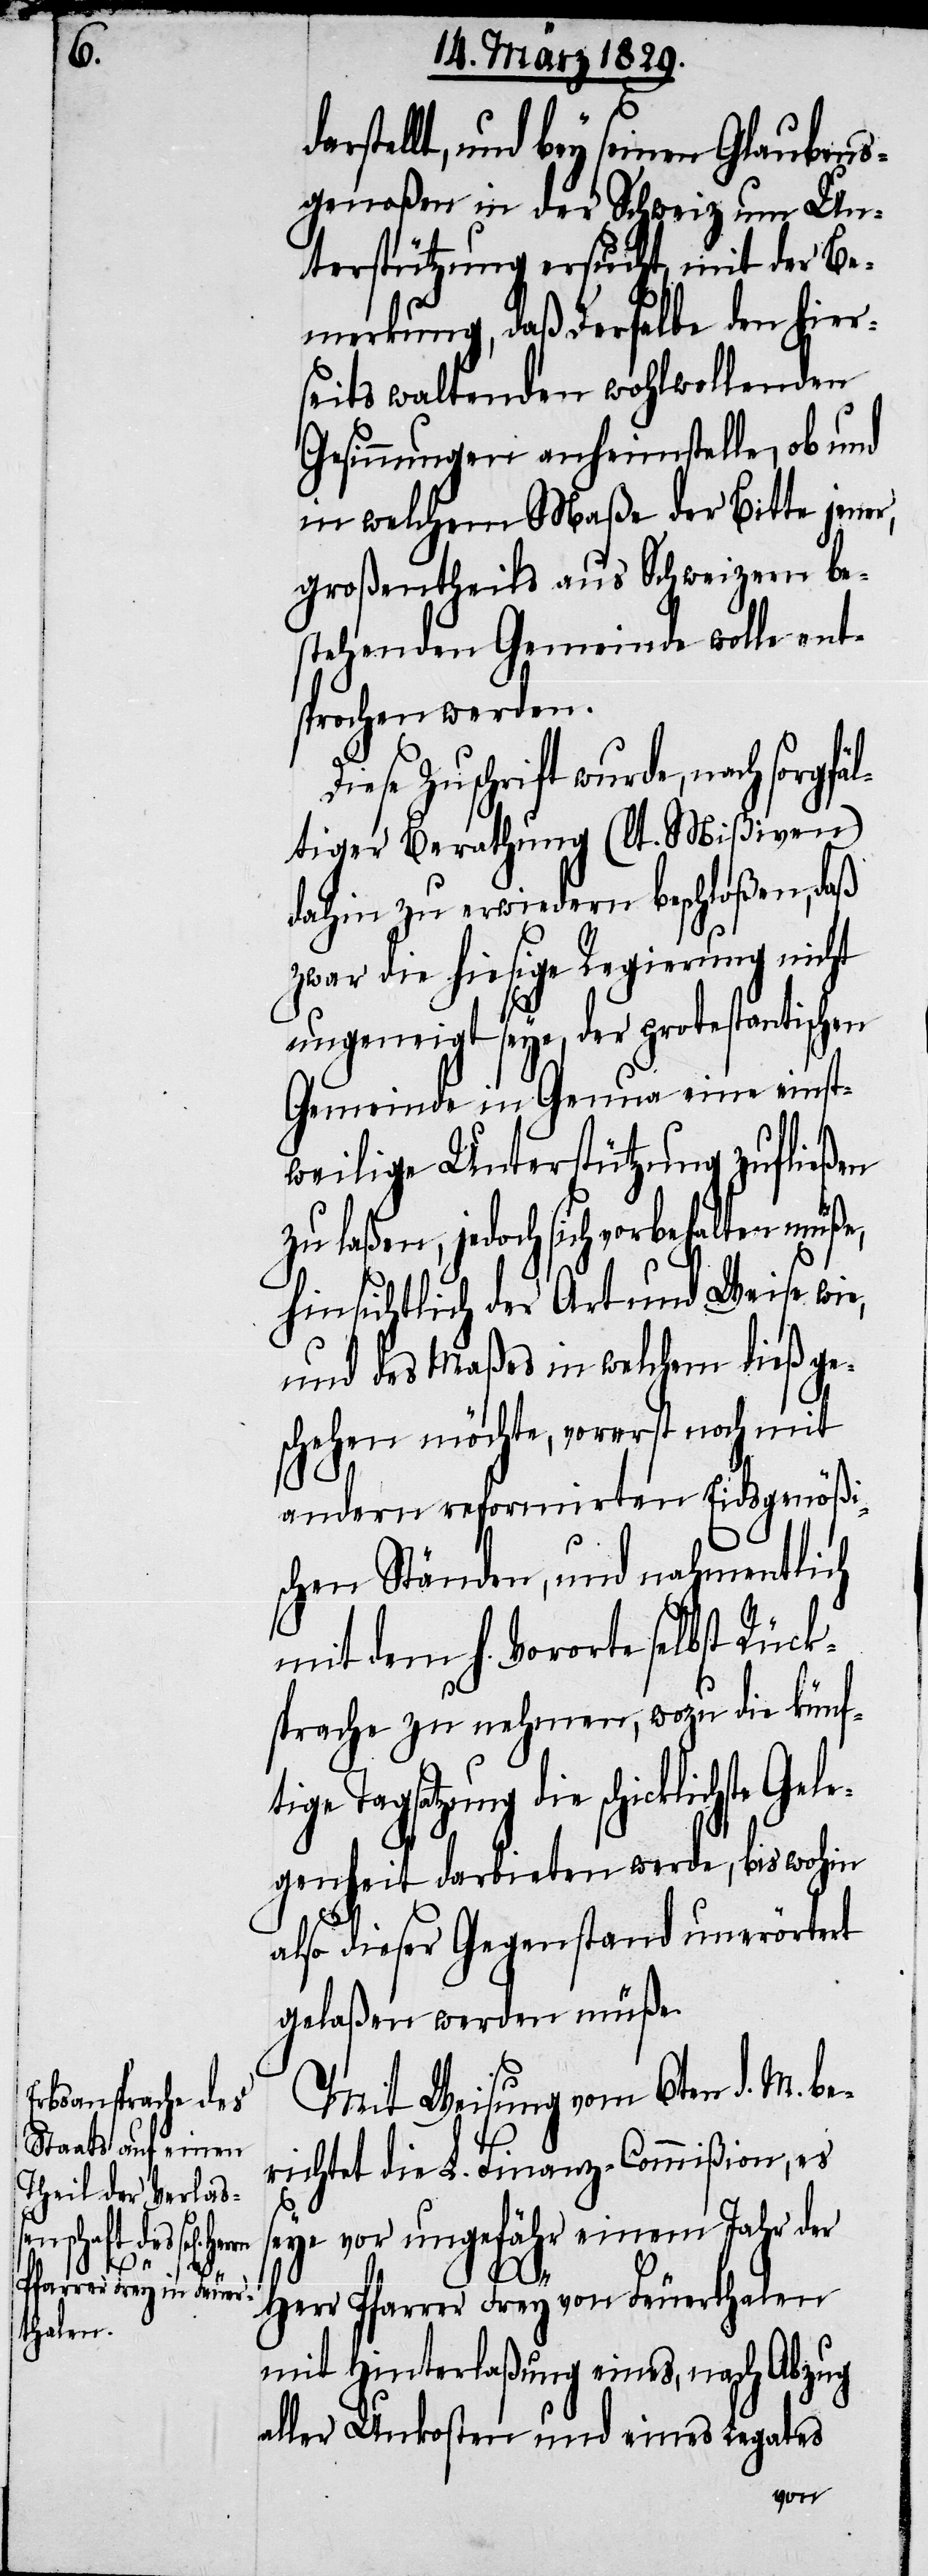
D¬

tige Ta¬

arstellt, und bey seinen Glaubens¬
genoßen in der Schweiz um Un¬
terstützung ersucht, mit der Be¬
merkung, daß Derselbe den hier¬
seits waltenden wohlwollenden
Gesinnungen anheimstelle, ob und
in welchem Maße der Bitte jener,
großentheils aus Schweizern be¬
stehenden Gemeinde wolle ent¬
sprochen werden.
iese Zuschrift wurde, nach sorgf¬
ältiger Berathung (lt. Mißiven)
dahin zu erwiedern beschloßen, daß
zwar die hiesige Regierung nicht
ungeneigt seye, der protestantischen
Gemeinde in Genua eine einst¬
weilige Unterstützung zufließen
zu laßen, jedoch sich vorbehalten müße,
hinsichtlich der Art und Weise wie,
und des Maßes in welchem dieß ge¬
schehen möchte, vorerst noch mit
andern reformirten Eidsgenößi¬
schen Ständen, und nahmentlich
mit dem h. Vororte selbst Rück¬
sprache zu nehmen, wozu die künf¬
gsatzung die schickliste Gele¬
genheit darbieten werde, bis wohin
also dieser Gegenstand unerörtert
gelaßen werden müße.
Mit Weisung vom 6ten d. M. be¬
richtet die L. Finanz-Commißion, es
seye vor ungefähr einem Jahr der
Herr Pfarrer Frey von Feuerthalen
mit Hinterlaßung eines, nach Abzug
aller Unkosten und eines Legats